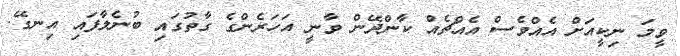
ވީމަ ނިކީއަށް އެއްވެސް އެއްޗެއް ކާންދޭން ވާނީ އަހަރެންގެ ގާތުގައި ބުނެލާފައި އިނގޭ.